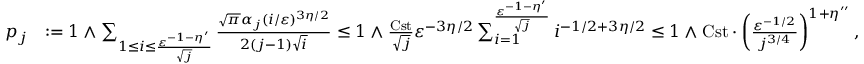
\begin{array} { r l } { p _ { j } } & { : = 1 \wedge \sum _ { 1 \leq i \leq \frac { \varepsilon ^ { - 1 - \eta ^ { \prime } } } { \sqrt { j } } } \frac { \sqrt { \pi } \alpha _ { j } ( i / \varepsilon ) ^ { 3 \eta / 2 } } { 2 ( j - 1 ) \sqrt { i } } \leq 1 \wedge \frac { \mathrm { C s t } } { \sqrt { j } } \varepsilon ^ { - 3 \eta / 2 } \sum _ { i = 1 } ^ { \frac { \varepsilon ^ { - 1 - \eta ^ { \prime } } } { \sqrt { j } } } i ^ { - 1 / 2 + 3 \eta / 2 } \leq 1 \wedge \mathrm { C s t } \cdot \left( \frac { \varepsilon ^ { - 1 / 2 } } { j ^ { 3 / 4 } } \right) ^ { 1 + \eta ^ { \prime \prime } } , } \end{array}